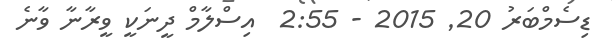
ޑިސެމްބަރު 20